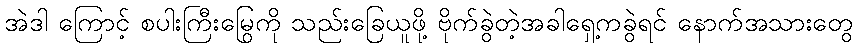
အဲဒါ ကြောင့် စပါးကြီးမြွေကို သည်းခြေယူဖို့ ဗိုက်ခွဲတဲ့အခါရှေ့ကခွဲရင် နောက်အသားတွေ